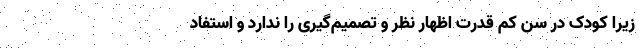
زیرا کودک در سن کم قدرت اظهار نظر و تصمیم‌گیری را ندارد و استفاد